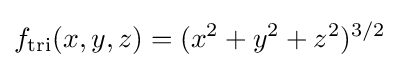
f_{\text{tri}}(x,y,z)=(x^{2}+y^{2}+z^{2})^{3/2}